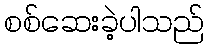
စစ်ဆေးခဲ့ပါသည်